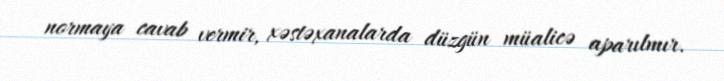
normaya cavab vermir, xəstəxanalarda düzgün müalicə aparılmır.